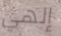
إلهي